Lunatic asylums United Provinces 1899-1908 - 1899-1908
Year: 1899
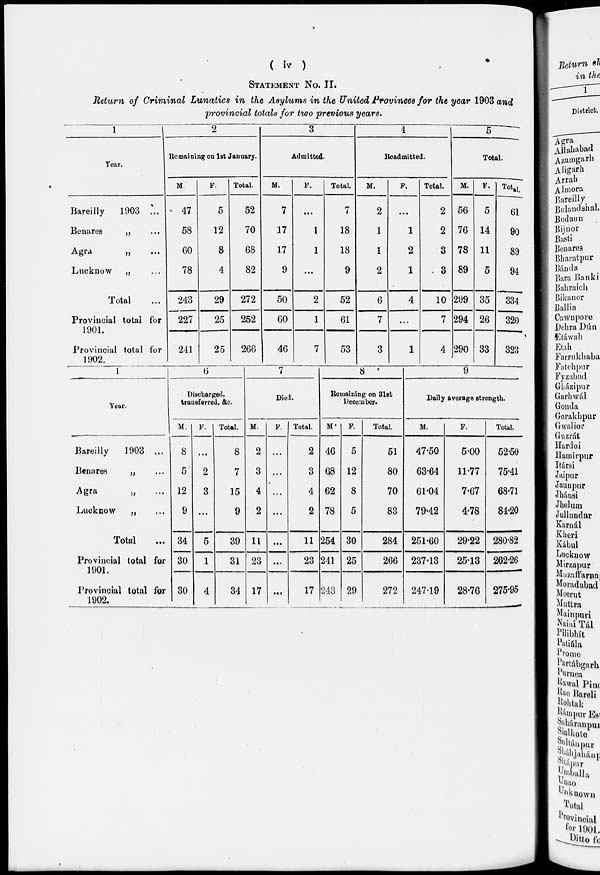
( iv )
STATEMENT NO. II.
Return of Criminal Lunatics in the Asylums in the United Provinces for the year 1903 and
provincial totals for two previous years.
1
Year.
Bareilly
1903 ...
Benares
„ ...
Agra
„ ...
Lucknow „ ...
Total ...
Provincial total for
1901.
Provincial total for
1902.
2
Remaining on 1st January.
M
47
58
60
78
243
227
241
F.
5
12
8
4
29
25
25
Total.
52
70
68
82
272
252
266
3
Admitted.
M.
7
17
17
9
50
60
46
F.
...
1
1
...
2
1
7
Total.
7
18
18
9
52
61
53
4
Readmitted.
M.
2
1
1
2
6
7
3
F.
...
1
2
1
4
...
1
Total.
2
2
3
3
10
7
4
5
Total.
M.
56
76
78
89
299
294
290
F.
5
14
11
5
35
26
33
Total
61
90
89
94
334
320
323
1
Year.
Bareilly
1903 ...
Benares
„ ...
Agra
„ ...
Lucknow
„ ...
Total ...
Provincial total for
1901.
Provincial total for
1902.
6
Discharged,
transferred, &c.
M.
8
5
12
9
34
30
30
F.
...
2
3
...
5
1
4
Total.
8
7
15
9
39
31
34
7
Died.
M.
2
3
4
2
11
23
17
F.
...
...
...
...
...
...
...
Total.
2
3
4
2
11
23
17
8
Remaining on 31st
December.
M.
46
68
62
78
254
241
243
F.
5
12
8
5
30
25
29
Total.
51
80
70
83
284
266
272
9
Daily average strength.
M.
47.50
63.64
61.04
79.42
251.60
237.13
247.19
F.
5.00
11.77
7.67
4.78
29.22
25.13
28.76
Total.
52.50
75.41
68.71
84.20
280.82
262.26
275.95